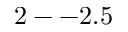
2 -- 2 . 5